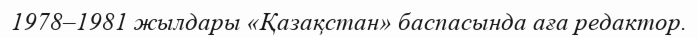
1978–1981 жылдары «Қазақстан» баспасында аға редактор.